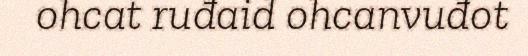
ohcat ruđaid ohcanvuđot